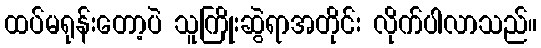
ထပ်မရုန်းတော့ပဲ သူကြိုးဆွဲရာအတိုင်း လိုက်ပါလာသည်။